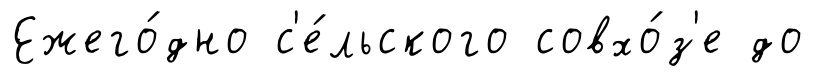
Ежего́дно с'е́льского совхо́з'е до